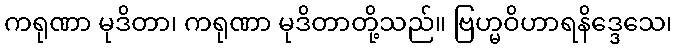
ကရုဏာ မုဒိတာ၊ ကရုဏာ မုဒိတာတို့သည်။ ဗြဟ္မဝိဟာရနိဒ္ဒေသေ၊